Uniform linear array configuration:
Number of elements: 12
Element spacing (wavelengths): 0.5
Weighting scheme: cosine
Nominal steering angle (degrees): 30
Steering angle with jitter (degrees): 30.546
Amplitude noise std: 0.05
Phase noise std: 0.05

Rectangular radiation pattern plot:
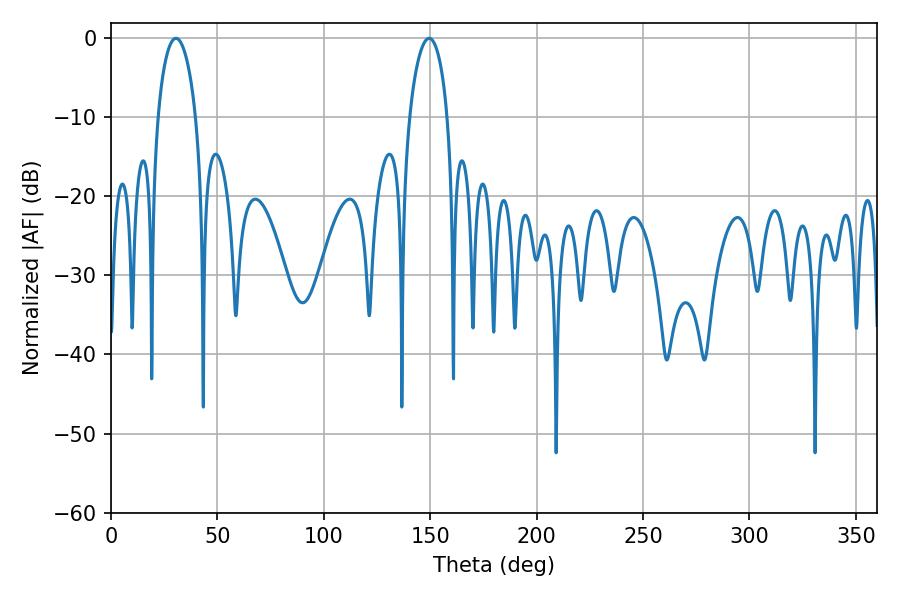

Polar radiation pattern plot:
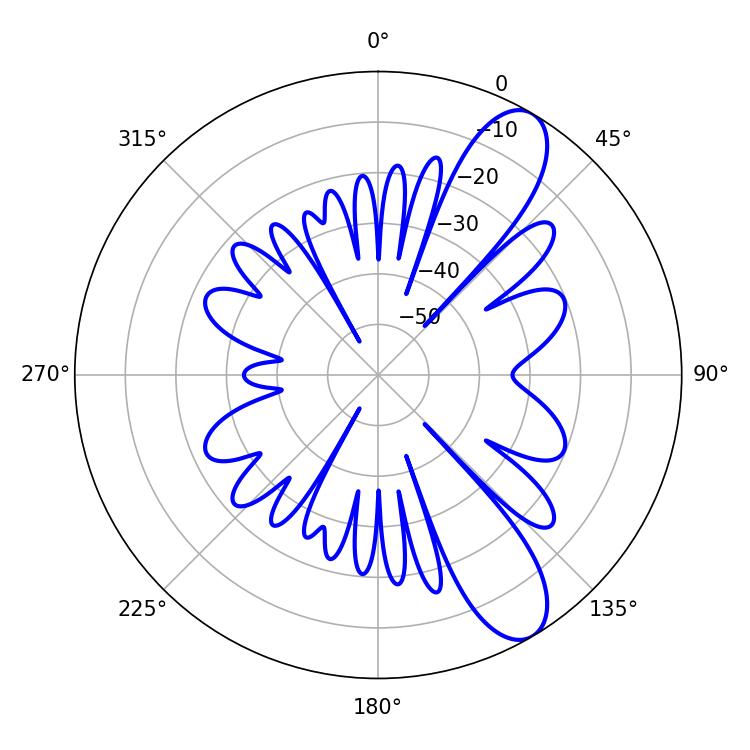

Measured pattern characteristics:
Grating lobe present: FALSE
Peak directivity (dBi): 10.071
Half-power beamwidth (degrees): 10.26
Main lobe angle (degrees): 30.6